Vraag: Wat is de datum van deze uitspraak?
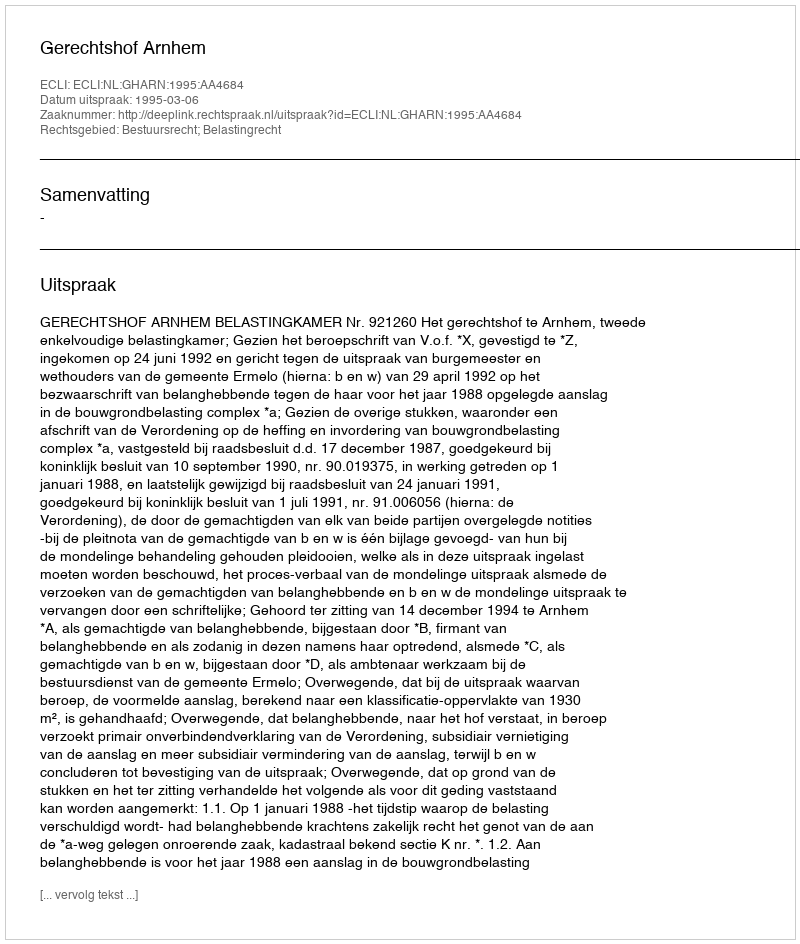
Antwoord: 1995-03-06